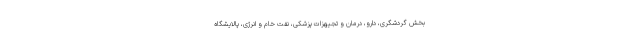
بخش گردشگری، دارو، درمان و تجیهزات پزشکی، نفت خام و انرژی، پالایشگاه